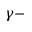
\gamma -